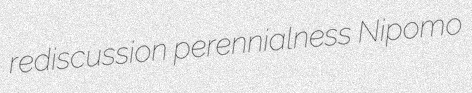
rediscussion perennialness Nipomo